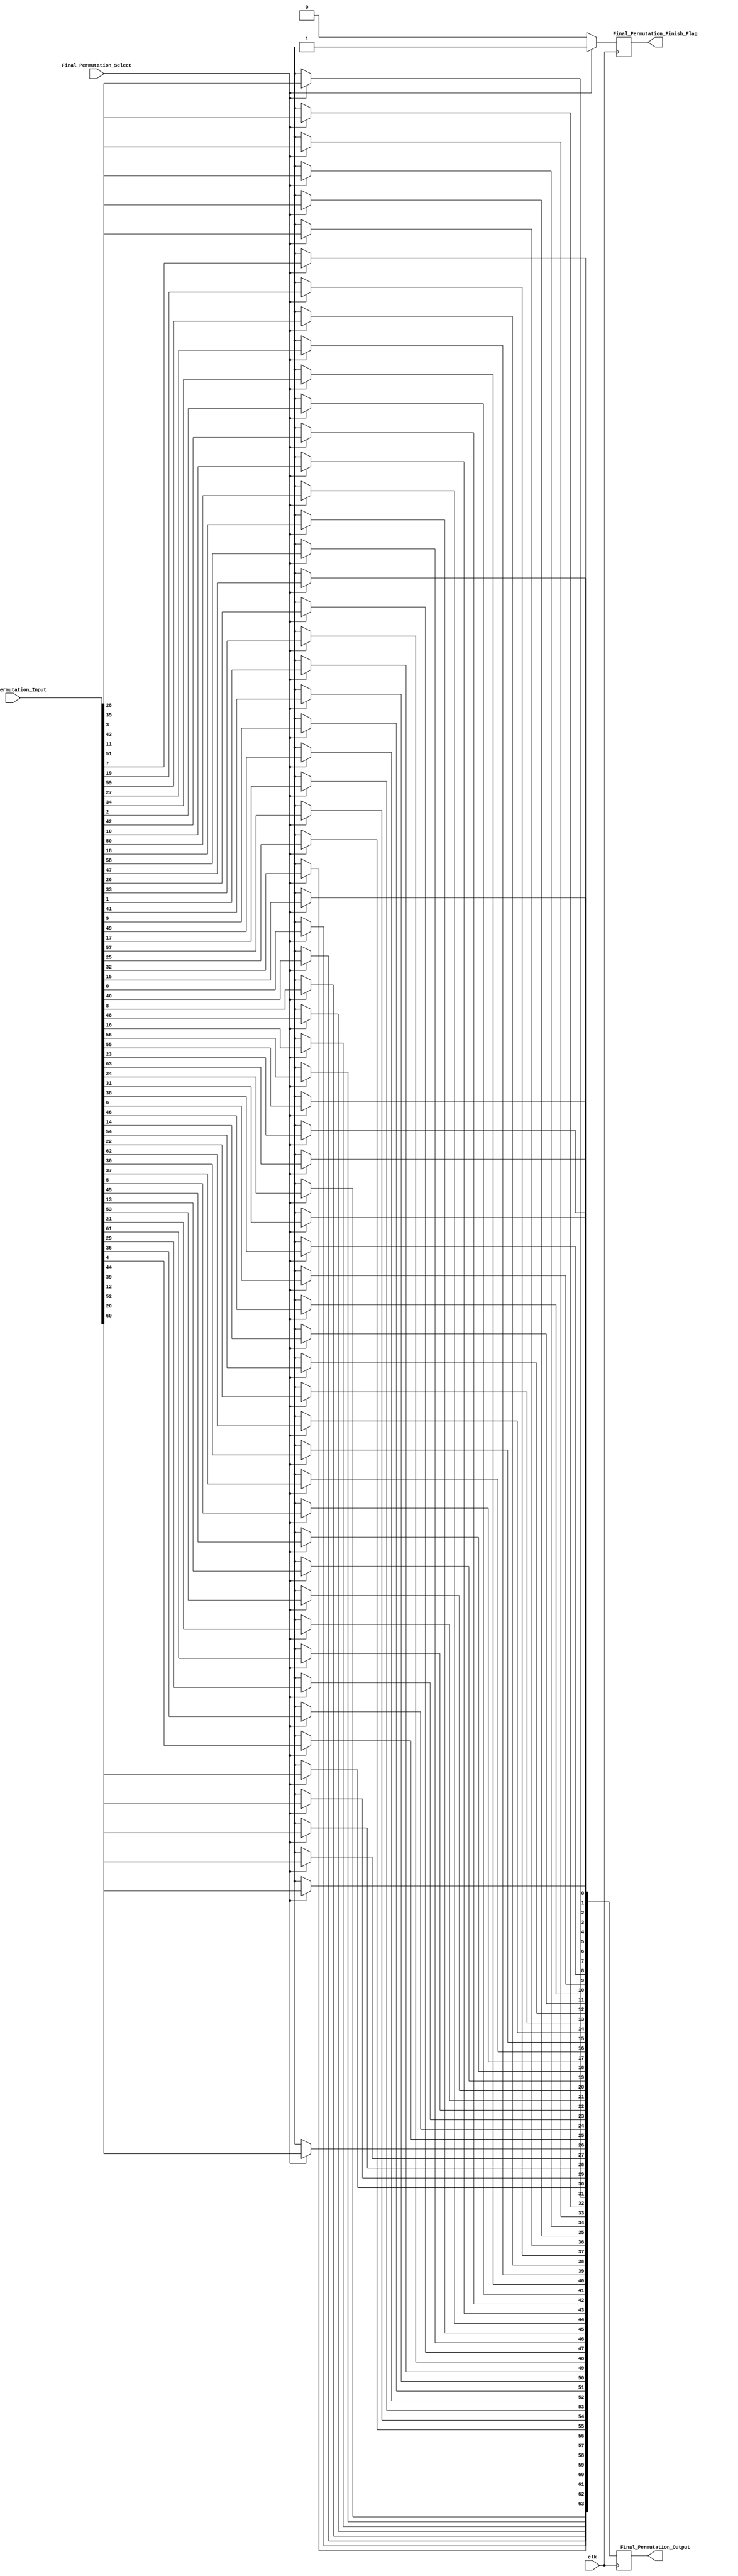
	module Final_Permutation(
	Final_Permutation_Input,
	Final_Permutation_Select,
	Final_Permutation_Output,
	Final_Permutation_Finish_Flag,
	clk
);
	//input
	input [64:1] Final_Permutation_Input;
	input Final_Permutation_Select;
	input clk;
	//output
	output [64:1] Final_Permutation_Output;
	output Final_Permutation_Finish_Flag;
	//internal register
	reg [64:1] Final_Permutation;
	reg Final_Permutation_Finish;
	
	assign Final_Permutation_Output = Final_Permutation;
	assign Final_Permutation_Finish_Flag = Final_Permutation_Finish;
	
 always@(posedge clk) begin
	if(Final_Permutation_Select) begin
		Final_Permutation[64] <= Final_Permutation_Input[25];
		Final_Permutation[63] <= Final_Permutation_Input[57];
		Final_Permutation[62] <= Final_Permutation_Input[17];
		Final_Permutation[61] <= Final_Permutation_Input[49];
		Final_Permutation[60] <= Final_Permutation_Input[9];
		Final_Permutation[59] <= Final_Permutation_Input[41];
		Final_Permutation[58] <= Final_Permutation_Input[1];
		Final_Permutation[57] <= Final_Permutation_Input[33];
	
		Final_Permutation[56] <= Final_Permutation_Input[26];
		Final_Permutation[55] <= Final_Permutation_Input[58];
		Final_Permutation[54] <= Final_Permutation_Input[18];
		Final_Permutation[53] <= Final_Permutation_Input[50];
		Final_Permutation[52] <= Final_Permutation_Input[10];
		Final_Permutation[51] <= Final_Permutation_Input[42];
		Final_Permutation[50] <= Final_Permutation_Input[2];
		Final_Permutation[49] <= Final_Permutation_Input[34];
	
		Final_Permutation[48] <= Final_Permutation_Input[27];
		Final_Permutation[47] <= Final_Permutation_Input[59];
		Final_Permutation[46] <= Final_Permutation_Input[19];
		Final_Permutation[45] <= Final_Permutation_Input[51];
		Final_Permutation[44] <= Final_Permutation_Input[11];
		Final_Permutation[43] <= Final_Permutation_Input[43];
		Final_Permutation[42] <= Final_Permutation_Input[3];
		Final_Permutation[41] <= Final_Permutation_Input[35];
	
		Final_Permutation[40] <= Final_Permutation_Input[28];
		Final_Permutation[39] <= Final_Permutation_Input[60];
		Final_Permutation[38] <= Final_Permutation_Input[20];
		Final_Permutation[37] <= Final_Permutation_Input[52];
		Final_Permutation[36] <= Final_Permutation_Input[12];
		Final_Permutation[35] <= Final_Permutation_Input[44];
		Final_Permutation[34] <= Final_Permutation_Input[4];
		Final_Permutation[33] <= Final_Permutation_Input[36];
	
		Final_Permutation[32] <= Final_Permutation_Input[29];
		Final_Permutation[31] <= Final_Permutation_Input[61];
		Final_Permutation[30] <= Final_Permutation_Input[21];
		Final_Permutation[29] <= Final_Permutation_Input[53];
		Final_Permutation[28] <= Final_Permutation_Input[13];
		Final_Permutation[27] <= Final_Permutation_Input[45];
		Final_Permutation[26] <= Final_Permutation_Input[5];
		Final_Permutation[25] <= Final_Permutation_Input[37];
	
		Final_Permutation[24] <= Final_Permutation_Input[30];
		Final_Permutation[23] <= Final_Permutation_Input[62];
		Final_Permutation[22] <= Final_Permutation_Input[22];
		Final_Permutation[21] <= Final_Permutation_Input[54];
		Final_Permutation[20] <= Final_Permutation_Input[14];
		Final_Permutation[19] <= Final_Permutation_Input[46];
		Final_Permutation[18] <= Final_Permutation_Input[6];
		Final_Permutation[17] <= Final_Permutation_Input[38];
	
		Final_Permutation[16] <= Final_Permutation_Input[31];
		Final_Permutation[15] <= Final_Permutation_Input[63];
		Final_Permutation[14] <= Final_Permutation_Input[23];
		Final_Permutation[13] <= Final_Permutation_Input[55];
		Final_Permutation[12] <= Final_Permutation_Input[15];
		Final_Permutation[11] <= Final_Permutation_Input[47];
		Final_Permutation[10] <= Final_Permutation_Input[7];
		Final_Permutation[9] <= Final_Permutation_Input[39];
	
		Final_Permutation[8] <= Final_Permutation_Input[32];
		Final_Permutation[7] <= Final_Permutation_Input[64];
		Final_Permutation[6] <= Final_Permutation_Input[24];
		Final_Permutation[5] <= Final_Permutation_Input[56];
		Final_Permutation[4] <= Final_Permutation_Input[16];
		Final_Permutation[3] <= Final_Permutation_Input[48];
		Final_Permutation[2] <= Final_Permutation_Input[8];
		Final_Permutation[1] <= Final_Permutation_Input[40];
		
		Final_Permutation_Finish <= 1'b1;
	end
	else begin
		Final_Permutation <= 64'bx;
		Final_Permutation_Finish <= 1'b0;
	end
 end
 
endmodule